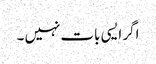
اگر ایسی بات نہیں ۔